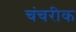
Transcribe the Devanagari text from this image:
चंचरीक